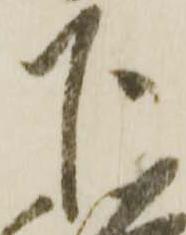
下